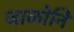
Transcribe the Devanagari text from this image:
जाळोनि